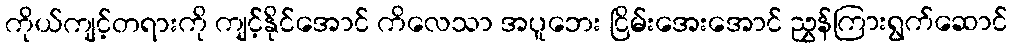
ကိုယ်ကျင့်တရားကို ကျင့်နိုင်အောင် ကိလေသာ အပူဘေး ငြိမ်းအေးအောင် ညွှန်ကြားရွက်ဆောင်